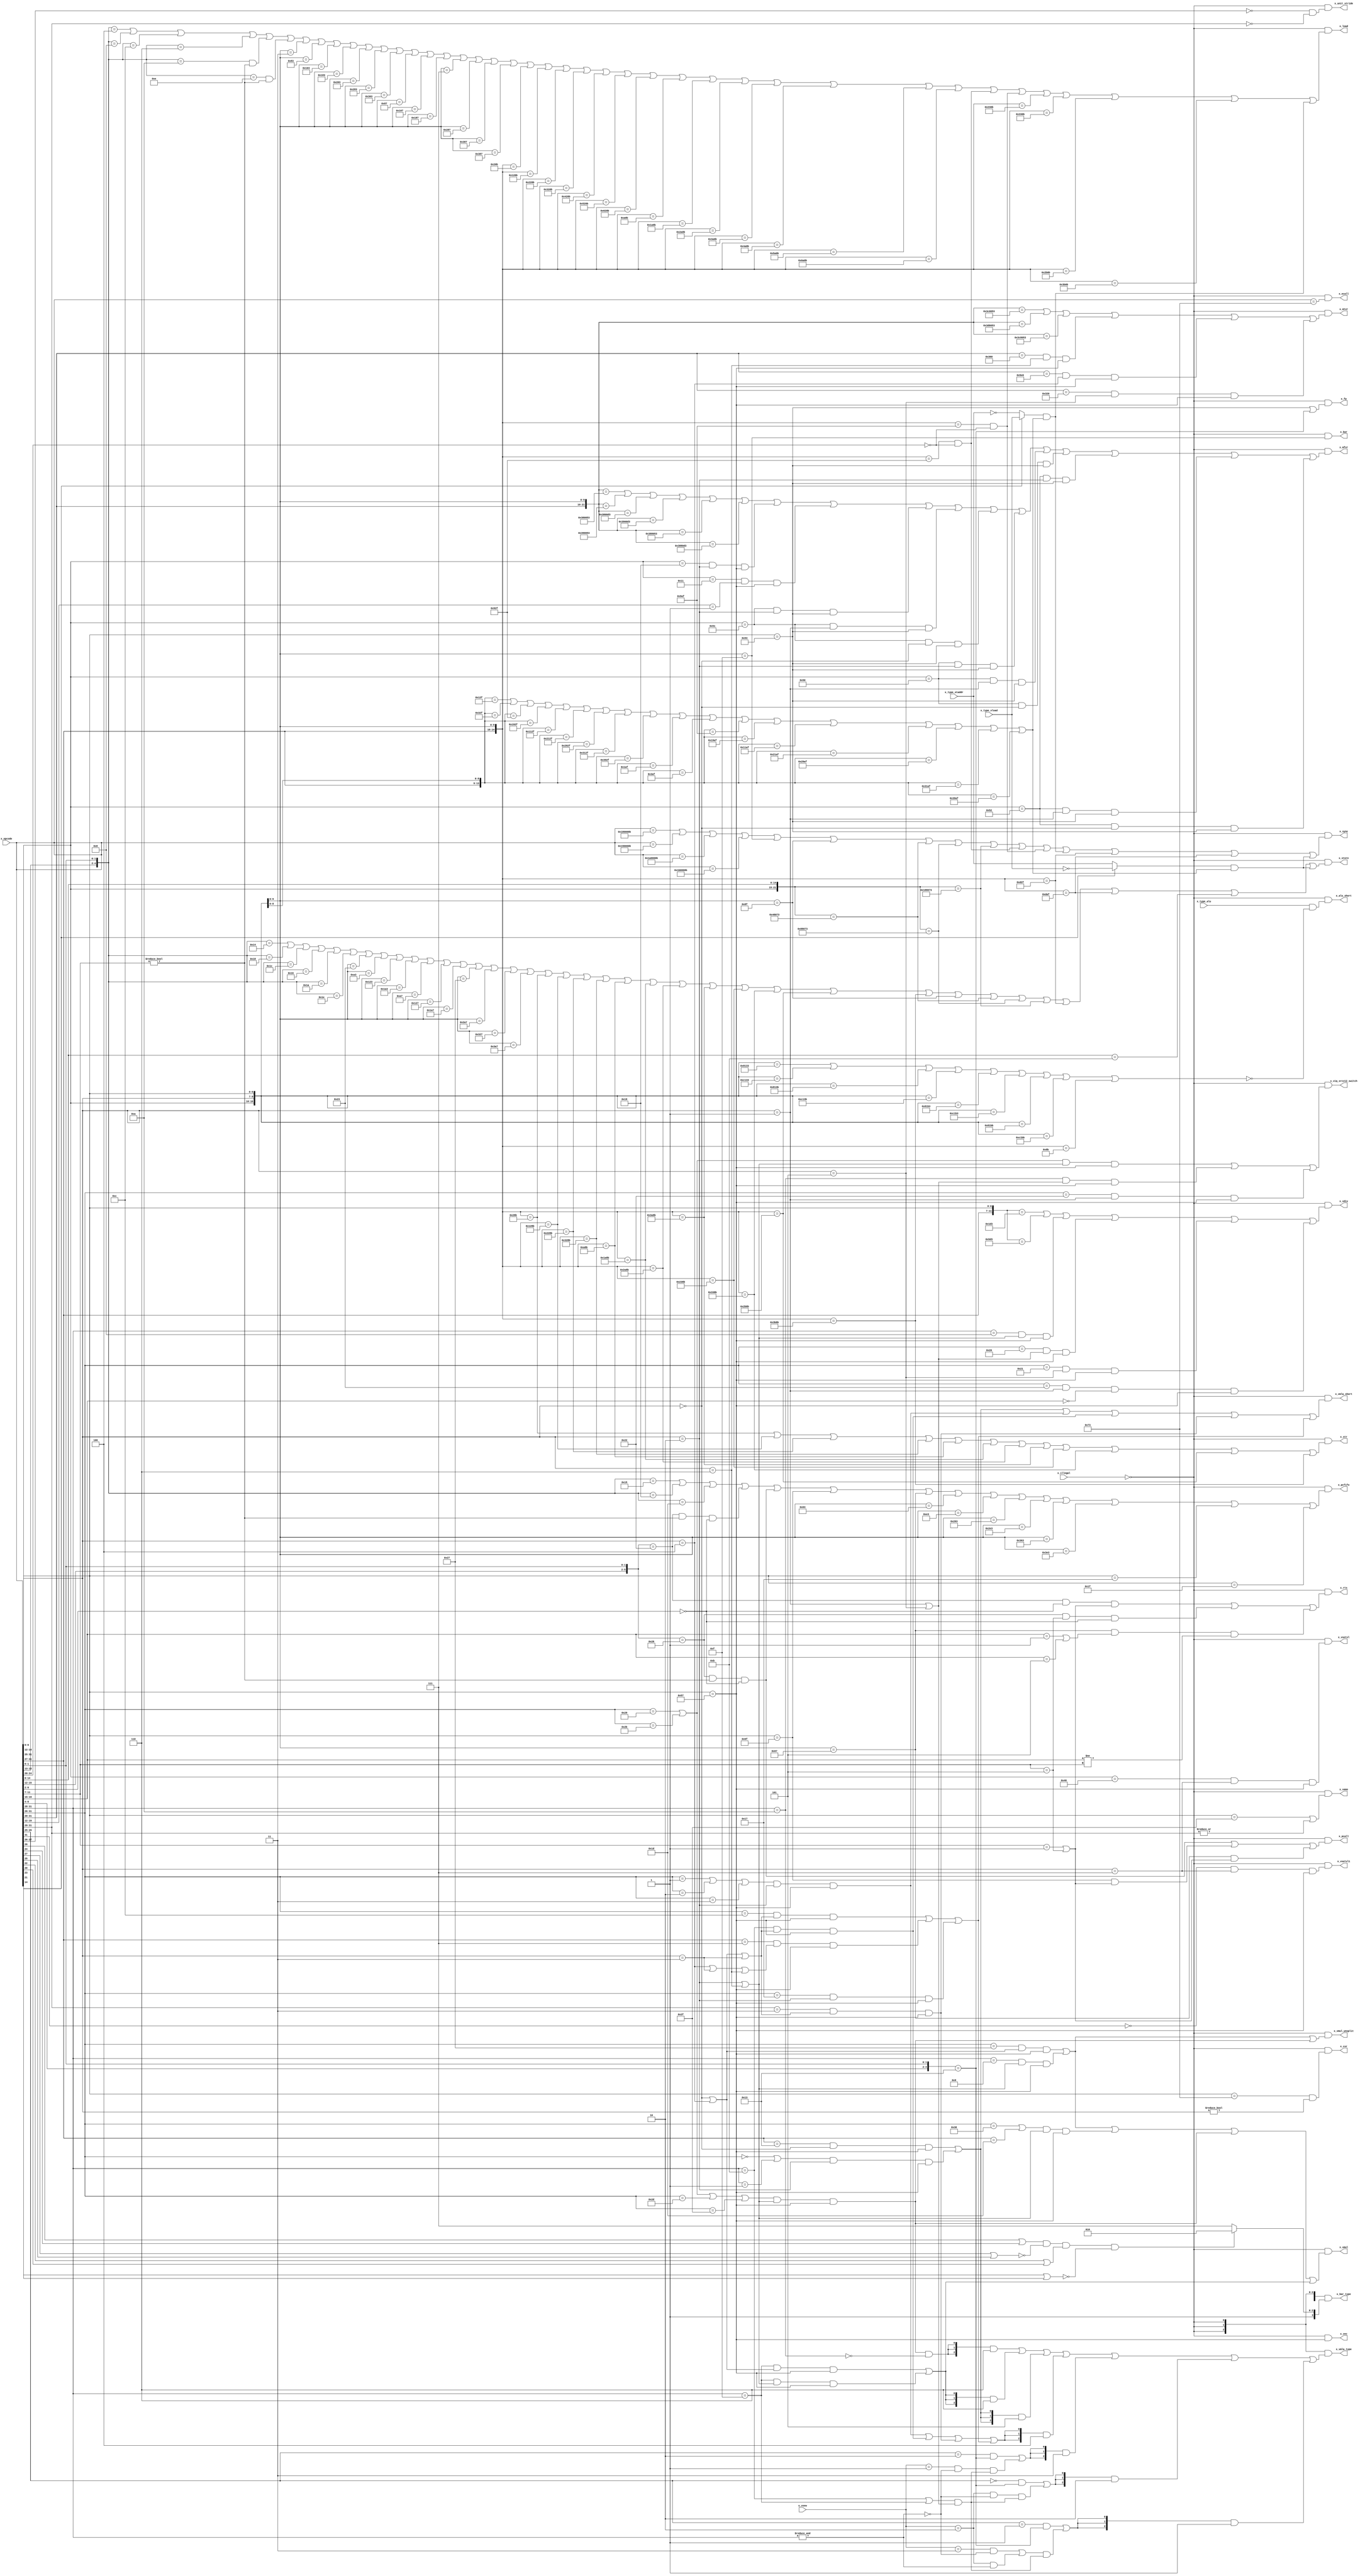
/*Copyright 2019-2021 T-Head Semiconductor Co., Ltd.

Licensed under the Apache License, Version 2.0 (the "License");
you may not use this file except in compliance with the License.
You may obtain a copy of the License at

    http://www.apache.org/licenses/LICENSE-2.0

Unless required by applicable law or agreed to in writing, software
distributed under the License is distributed on an "AS IS" BASIS,
WITHOUT WARRANTIES OR CONDITIONS OF ANY KIND, either express or implied.
See the License for the specific language governing permissions and
limitations under the License.
*/

// &ModuleBeg; @26
module ct_idu_ir_decd(
  x_alu_short,
  x_bar,
  x_bar_type,
  x_csr,
  x_ecall,
  x_fp,
  x_illegal,
  x_load,
  x_mfvr,
  x_mtvr,
  x_opcode,
  x_pcall,
  x_pcfifo,
  x_rts,
  x_store,
  x_str,
  x_sync,
  x_type_alu,
  x_type_staddr,
  x_type_vload,
  x_unit_stride,
  x_vamo,
  x_vdiv,
  x_vec,
  x_viq_srcv12_switch,
  x_vmla_short,
  x_vmla_type,
  x_vmul,
  x_vmul_unsplit,
  x_vsetvl,
  x_vsetvli,
  x_vsew
);

// &Ports; @27
input           x_illegal;             
input   [31:0]  x_opcode;              
input           x_type_alu;            
input           x_type_staddr;         
input           x_type_vload;          
input   [2 :0]  x_vsew;                
output          x_alu_short;           
output          x_bar;                 
output  [3 :0]  x_bar_type;            
output          x_csr;                 
output          x_ecall;               
output          x_fp;                  
output          x_load;                
output          x_mfvr;                
output          x_mtvr;                
output          x_pcall;               
output          x_pcfifo;              
output          x_rts;                 
output          x_store;               
output          x_str;                 
output          x_sync;                
output          x_unit_stride;         
output          x_vamo;                
output          x_vdiv;                
output          x_vec;                 
output          x_viq_srcv12_switch;   
output          x_vmla_short;          
output  [2 :0]  x_vmla_type;           
output          x_vmul;                
output          x_vmul_unsplit;        
output          x_vsetvl;              
output          x_vsetvli;             

// &Regs; @28

// &Wires; @29
wire            decd_alu_short;        
wire            decd_bar;              
wire    [3 :0]  decd_bar_type;         
wire            decd_bar_type_sel;     
wire            decd_cmp_inst;         
wire            decd_csr;              
wire            decd_ecall;            
wire            decd_fmac_doub;        
wire            decd_fmac_half;        
wire            decd_fmac_sing;        
wire            decd_fp_inst;          
wire            decd_load;             
wire            decd_mfvr;             
wire            decd_mtvr;             
wire            decd_narr_vsft;        
wire            decd_opfvf;            
wire            decd_opfvv;            
wire            decd_opivi;            
wire            decd_opivv;            
wire            decd_opivx;            
wire            decd_opmvv;            
wire            decd_opmvx;            
wire            decd_pcall;            
wire            decd_pcfifo;           
wire            decd_permu;            
wire            decd_redu_vlgc;        
wire            decd_redu_vsum;        
wire            decd_return;           
wire            decd_rts;              
wire            decd_sca_fmac;         
wire            decd_sca_fmac_doub;    
wire            decd_sca_fmac_half;    
wire            decd_sca_fmac_sing;    
wire            decd_store;            
wire            decd_str;              
wire            decd_sub_call;         
wire            decd_sync;             
wire            decd_unit_stride;      
wire            decd_vamo;             
wire            decd_vdiv;             
wire            decd_vec_fmac;         
wire            decd_vec_fmac_doub;    
wire            decd_vec_fmac_half;    
wire            decd_vec_fmac_sing;    
wire            decd_vec_inst;         
wire            decd_vec_other;        
wire            decd_viq_srcv12_switch; 
wire            decd_vmac_norm;        
wire            decd_vmac_wide;        
wire            decd_vmla_short;       
wire    [2 :0]  decd_vmla_type;        
wire            decd_vmul;             
wire            decd_vmul_norm;        
wire            decd_vmul_unsplit;     
wire            decd_vmul_wide;        
wire            decd_vsetvl;           
wire            decd_vsetvli;          
wire            x_alu_short;           
wire            x_bar;                 
wire    [3 :0]  x_bar_type;            
wire            x_csr;                 
wire            x_ecall;               
wire            x_fp;                  
wire            x_illegal;             
wire            x_load;                
wire            x_mfvr;                
wire            x_mtvr;                
wire    [31:0]  x_opcode;              
wire            x_pcall;               
wire            x_pcfifo;              
wire            x_rts;                 
wire            x_store;               
wire            x_str;                 
wire            x_sync;                
wire            x_type_alu;            
wire            x_type_staddr;         
wire            x_type_vload;          
wire            x_unit_stride;         
wire            x_vamo;                
wire            x_vdiv;                
wire            x_vec;                 
wire            x_viq_srcv12_switch;   
wire            x_vmla_short;          
wire    [2 :0]  x_vmla_type;           
wire            x_vmul;                
wire            x_vmul_unsplit;        
wire            x_vsetvl;              
wire            x_vsetvli;             
wire    [2 :0]  x_vsew;                



//==========================================================
//                     Output Decode
//==========================================================
//CAUTION!!!
//illegal instruction keeps its opcode when pipedown from id stage
//ir decode should consider id stage illegal instruction
assign x_load              = !x_illegal && decd_load;
assign x_store             = !x_illegal && decd_store;
assign x_rts               = !x_illegal && decd_rts;
assign x_pcall             = !x_illegal && decd_pcall;
assign x_pcfifo            = !x_illegal && decd_pcfifo;
assign x_bar               = !x_illegal && decd_bar;
assign x_bar_type[3:0]     = {4{!x_illegal}} & decd_bar_type[3:0];
assign x_vdiv              = !x_illegal && decd_vdiv;
assign x_mfvr              = !x_illegal && decd_mfvr;
assign x_mtvr              = !x_illegal && decd_mtvr;
assign x_vmla_type[2:0]    = {3{!x_illegal}} & decd_vmla_type[2:0];
assign x_str               = !x_illegal && decd_str;
assign x_alu_short         = !x_illegal && decd_alu_short;
assign x_vmla_short        = !x_illegal && decd_vmla_short;
assign x_vmul_unsplit      = !x_illegal && decd_vmul_unsplit;
assign x_vmul              = !x_illegal && decd_vmul;
assign x_vsetvli           = !x_illegal && decd_vsetvli;
assign x_vsetvl            = !x_illegal && decd_vsetvl;
assign x_viq_srcv12_switch = !x_illegal && decd_viq_srcv12_switch;
assign x_unit_stride       = !x_illegal && decd_unit_stride;
assign x_vamo              = !x_illegal && decd_vamo;
assign x_vec               = !x_illegal && decd_vec_inst;
assign x_fp                = !x_illegal && decd_fp_inst;
assign x_csr               = !x_illegal && decd_csr;
assign x_sync              = !x_illegal && decd_sync;
assign x_ecall             = !x_illegal && decd_ecall;

//==========================================================
//                      Short ALU
//==========================================================
//Long ALU do not forward data in EX1
assign decd_alu_short =
  x_type_alu
  && !(({x_opcode[31:25],x_opcode[14:12],x_opcode[6:0]} == 17'b0100000_010_0110011) //pseudo_min
    || ({x_opcode[31:25],x_opcode[14:12],x_opcode[6:0]} == 17'b0110000_010_0110011) //pseudo_max
    || ({x_opcode[31:25],x_opcode[14:12],x_opcode[6:0]} == 17'b0100000_010_0111011) //pseudo_minw
    || ({x_opcode[31:25],x_opcode[14:12],x_opcode[6:0]} == 17'b0110000_010_0111011) //pseudo_maxw
    || ({x_opcode[31:25],x_opcode[14:12],x_opcode[6:0]} == 17'b0100000_011_0110011) //pseudo_minu
    || ({x_opcode[31:25],x_opcode[14:12],x_opcode[6:0]} == 17'b0110000_011_0110011) //pseudo_maxu
    || ({x_opcode[31:25],x_opcode[14:12],x_opcode[6:0]} == 17'b0100000_011_0111011) //pseudo_minuw
    || ({x_opcode[31:25],x_opcode[14:12],x_opcode[6:0]} == 17'b0110000_011_0111011) //pseudo_maxuw
    || ({x_opcode[31:27],x_opcode[14:12],x_opcode[6:0]} == 15'b00000_001_0001011)); //addsl

//==========================================================
//                   Load and Store
//==========================================================
//----------------------------------------------------------
//                   Load Instruction
//----------------------------------------------------------
//control whether inst issue to pipe3 or pipe4
assign decd_load  =
     ({x_opcode[15:13],x_opcode[1:0]} == 5'b001_00) //c.fld
  || ({x_opcode[15:13],x_opcode[1:0]} == 5'b010_00) //c.lw
  || ({x_opcode[15:13],x_opcode[1:0]} == 5'b011_00) //c.ld
  || ({x_opcode[15:13],x_opcode[1:0]} == 5'b001_10) //c.fldsp
  || ({x_opcode[15:13],x_opcode[1:0]} == 5'b010_10) //c.lwsp
     && (x_opcode[11:7] != 5'b0)
  || ({x_opcode[15:13],x_opcode[1:0]} == 5'b011_10) //c.ldsp
     && (x_opcode[11:7] != 5'b0)
  || ({x_opcode[14:12],x_opcode[6:0]} == 10'b000_0000011) //lb
  || ({x_opcode[14:12],x_opcode[6:0]} == 10'b001_0000011) //lh
  || ({x_opcode[14:12],x_opcode[6:0]} == 10'b010_0000011) //lw
  || ({x_opcode[14:12],x_opcode[6:0]} == 10'b011_0000011) //ld
  || ({x_opcode[14:12],x_opcode[6:0]} == 10'b100_0000011) //lbu
  || ({x_opcode[14:12],x_opcode[6:0]} == 10'b101_0000011) //lhu
  || ({x_opcode[14:12],x_opcode[6:0]} == 10'b110_0000011) //lwu
  || ({x_opcode[14:12],x_opcode[6:0]} == 10'b001_0000111) //flh
  || ({x_opcode[14:12],x_opcode[6:0]} == 10'b010_0000111) //flw
  || ({x_opcode[14:12],x_opcode[6:0]} == 10'b011_0000111) //fld
  || ({x_opcode[14:12],x_opcode[6:0]} == 10'b000_0000111) //vld.b
  || ({x_opcode[14:12],x_opcode[6:0]} == 10'b101_0000111) //vld.h
  || ({x_opcode[14:12],x_opcode[6:0]} == 10'b110_0000111) //vld.w
  || ({x_opcode[14:12],x_opcode[6:0]} == 10'b111_0000111) //vld.sew
  || ({x_opcode[31:27],x_opcode[14:12],x_opcode[6:0]} == 15'b00000_100_0001011) //lrb
  || ({x_opcode[31:27],x_opcode[14:12],x_opcode[6:0]} == 15'b00100_100_0001011) //lrh
  || ({x_opcode[31:27],x_opcode[14:12],x_opcode[6:0]} == 15'b01000_100_0001011) //lrw
  || ({x_opcode[31:27],x_opcode[14:12],x_opcode[6:0]} == 15'b01100_100_0001011) //lrd
  || ({x_opcode[31:27],x_opcode[14:12],x_opcode[6:0]} == 15'b10000_100_0001011) //lrbu
  || ({x_opcode[31:27],x_opcode[14:12],x_opcode[6:0]} == 15'b10100_100_0001011) //lrhu
  || ({x_opcode[31:27],x_opcode[14:12],x_opcode[6:0]} == 15'b11000_100_0001011) //lrwu
  || ({x_opcode[31:27],x_opcode[14:12],x_opcode[6:0]} == 15'b00010_100_0001011) //lurb
  || ({x_opcode[31:27],x_opcode[14:12],x_opcode[6:0]} == 15'b00110_100_0001011) //lurh
  || ({x_opcode[31:27],x_opcode[14:12],x_opcode[6:0]} == 15'b01010_100_0001011) //lurw
  || ({x_opcode[31:27],x_opcode[14:12],x_opcode[6:0]} == 15'b01110_100_0001011) //lurd
  || ({x_opcode[31:27],x_opcode[14:12],x_opcode[6:0]} == 15'b10010_100_0001011) //lurbu
  || ({x_opcode[31:27],x_opcode[14:12],x_opcode[6:0]} == 15'b10110_100_0001011) //lurhu
  || ({x_opcode[31:27],x_opcode[14:12],x_opcode[6:0]} == 15'b11010_100_0001011) //lurwu
  || ({x_opcode[31:27],x_opcode[14:12],x_opcode[6:0]} == 15'b00010_010_0101111) //lr.w
     && (x_opcode[24:20] == 5'b0)
  || ({x_opcode[31:27],x_opcode[14:12],x_opcode[6:0]} == 15'b00010_011_0101111) //lr.d
     && (x_opcode[24:20] == 5'b0)
  || ({x_opcode[31:27],x_opcode[14:12],x_opcode[6:0]} == 15'b01000_110_0001011) //flrw
  || ({x_opcode[31:27],x_opcode[14:12],x_opcode[6:0]} == 15'b01100_110_0001011) //flrd
  || ({x_opcode[31:27],x_opcode[14:12],x_opcode[6:0]} == 15'b01010_110_0001011) //flurw
  || ({x_opcode[31:27],x_opcode[14:12],x_opcode[6:0]} == 15'b01110_110_0001011) //flurd
  || (x_opcode[14] ? x_type_vload : !x_type_staddr)
     && (({x_opcode[31:27],x_opcode[13:12],x_opcode[6:0]} == 14'b00000_10_0101111) //(v)amoadd.w
      || ({x_opcode[31:27],x_opcode[13:12],x_opcode[6:0]} == 14'b00001_10_0101111) //(v)amoswap.w
      || ({x_opcode[31:27],x_opcode[13:12],x_opcode[6:0]} == 14'b00100_10_0101111) //(v)amoxor.w
      || ({x_opcode[31:27],x_opcode[13:12],x_opcode[6:0]} == 14'b01100_10_0101111) //(v)amoand.w
      || ({x_opcode[31:27],x_opcode[13:12],x_opcode[6:0]} == 14'b01000_10_0101111) //(v)amoor.w
      || ({x_opcode[31:27],x_opcode[13:12],x_opcode[6:0]} == 14'b10000_10_0101111) //(v)amomin.w
      || ({x_opcode[31:27],x_opcode[13:12],x_opcode[6:0]} == 14'b10100_10_0101111) //(v)amomax.w
      || ({x_opcode[31:27],x_opcode[13:12],x_opcode[6:0]} == 14'b11000_10_0101111) //(v)amominu.w
      || ({x_opcode[31:27],x_opcode[13:12],x_opcode[6:0]} == 14'b11100_10_0101111) //(v)amomaxu.w
      || ({x_opcode[31:27],x_opcode[13:12],x_opcode[6:0]} == 14'b00000_11_0101111) //(v)amoadd.d
      || ({x_opcode[31:27],x_opcode[13:12],x_opcode[6:0]} == 14'b00001_11_0101111) //(v)amoswap.d
      || ({x_opcode[31:27],x_opcode[13:12],x_opcode[6:0]} == 14'b00100_11_0101111) //(v)amoxor.d
      || ({x_opcode[31:27],x_opcode[13:12],x_opcode[6:0]} == 14'b01100_11_0101111) //(v)amoand.d
      || ({x_opcode[31:27],x_opcode[13:12],x_opcode[6:0]} == 14'b01000_11_0101111) //(v)amoor.d
      || ({x_opcode[31:27],x_opcode[13:12],x_opcode[6:0]} == 14'b10000_11_0101111) //(v)amomin.d
      || ({x_opcode[31:27],x_opcode[13:12],x_opcode[6:0]} == 14'b10100_11_0101111) //(v)amomax.d
      || ({x_opcode[31:27],x_opcode[13:12],x_opcode[6:0]} == 14'b11000_11_0101111) //(v)amominu.d
      || ({x_opcode[31:27],x_opcode[13:12],x_opcode[6:0]} == 14'b11100_11_0101111)); //(v)amomaxu.d

//----------------------------------------------------------
//                   Store Instruction
//----------------------------------------------------------
//control whether inst issue to pipe3 or pipe4
assign decd_store =
     ({x_opcode[15:13],x_opcode[1:0]} == 5'b101_00) //c.fsd
  || ({x_opcode[15:13],x_opcode[1:0]} == 5'b110_00) //c.sw
  || ({x_opcode[15:13],x_opcode[1:0]} == 5'b111_00) //c.sd
  || ({x_opcode[15:13],x_opcode[1:0]} == 5'b101_10) //c.fsdsp
  || ({x_opcode[15:13],x_opcode[1:0]} == 5'b110_10) //c.swsp
  || ({x_opcode[15:13],x_opcode[1:0]} == 5'b111_10) //c.sdsp
  || ({x_opcode[14:12],x_opcode[6:0]} == 10'b000_0100011) //sb
  || ({x_opcode[14:12],x_opcode[6:0]} == 10'b001_0100011) //sh
  || ({x_opcode[14:12],x_opcode[6:0]} == 10'b010_0100011) //sw
  || ({x_opcode[14:12],x_opcode[6:0]} == 10'b011_0100011) //sd
  || ({x_opcode[14:12],x_opcode[6:0]} == 10'b001_0100111) //fsh
  || ({x_opcode[14:12],x_opcode[6:0]} == 10'b010_0100111) //fsw
  || ({x_opcode[14:12],x_opcode[6:0]} == 10'b011_0100111) //fsd
  || ({x_opcode[14:12],x_opcode[6:0]} == 10'b000_0100111) //vst.b
  || ({x_opcode[14:12],x_opcode[6:0]} == 10'b101_0100111) //vst.h
  || ({x_opcode[14:12],x_opcode[6:0]} == 10'b110_0100111) //vst.w
  || ({x_opcode[14:12],x_opcode[6:0]} == 10'b111_0100111) //vst.sew
  || ({x_opcode[31:27],x_opcode[14:12],x_opcode[6:0]} == 15'b00000_101_0001011) //srb
  || ({x_opcode[31:27],x_opcode[14:12],x_opcode[6:0]} == 15'b00100_101_0001011) //srh
  || ({x_opcode[31:27],x_opcode[14:12],x_opcode[6:0]} == 15'b01000_101_0001011) //srw
  || ({x_opcode[31:27],x_opcode[14:12],x_opcode[6:0]} == 15'b01100_101_0001011) //srd
  || ({x_opcode[31:27],x_opcode[14:12],x_opcode[6:0]} == 15'b00010_101_0001011) //surb
  || ({x_opcode[31:27],x_opcode[14:12],x_opcode[6:0]} == 15'b00110_101_0001011) //surh
  || ({x_opcode[31:27],x_opcode[14:12],x_opcode[6:0]} == 15'b01010_101_0001011) //surw
  || ({x_opcode[31:27],x_opcode[14:12],x_opcode[6:0]} == 15'b01110_101_0001011) //surd
  || ({x_opcode[31:27],x_opcode[14:12],x_opcode[6:0]} == 15'b01000_111_0001011) //fsrw
  || ({x_opcode[31:27],x_opcode[14:12],x_opcode[6:0]} == 15'b01100_111_0001011) //fsrd
  || ({x_opcode[31:27],x_opcode[14:12],x_opcode[6:0]} == 15'b01010_111_0001011) //fsurw
  || ({x_opcode[31:27],x_opcode[14:12],x_opcode[6:0]} == 15'b01110_111_0001011) //fsurd
//  || ({x_opcode[14:12],x_opcode[6:0]} == 10'b000_0001111) //fence
  || ({x_opcode[14:12],x_opcode[6:0]} == 10'b001_0001111) //fence.i
  || ({x_opcode[31:25],x_opcode[14:0]} == 22'b0001001_000000001110011)  //sfence.vma
  || ({x_opcode[31:25],x_opcode[14:0]} == 22'b0010001_000000001110011)  //hfence.vvma
  || ({x_opcode[31:25],x_opcode[14:0]} == 22'b0110001_000000001110011)  //hfence.gvma
  || ({x_opcode[31:27],x_opcode[14:12],x_opcode[6:0]} == 15'b00011_010_0101111) //sc.w
  || ({x_opcode[31:27],x_opcode[14:12],x_opcode[6:0]} == 15'b00011_011_0101111) //sc.d
  || (x_opcode[14:0] == 15'b000_00000_0001011) //cache extension instruction
  || (x_opcode[14] ?  !x_type_vload : x_type_staddr)
     && (({x_opcode[31:27],x_opcode[13:12],x_opcode[6:0]} == 14'b00000_10_0101111) //(v)amoadd.w
      || ({x_opcode[31:27],x_opcode[13:12],x_opcode[6:0]} == 14'b00001_10_0101111) //(v)amoswap.w
      || ({x_opcode[31:27],x_opcode[13:12],x_opcode[6:0]} == 14'b00100_10_0101111) //(v)amoxor.w
      || ({x_opcode[31:27],x_opcode[13:12],x_opcode[6:0]} == 14'b01100_10_0101111) //(v)amoand.w
      || ({x_opcode[31:27],x_opcode[13:12],x_opcode[6:0]} == 14'b01000_10_0101111) //(v)amoor.w
      || ({x_opcode[31:27],x_opcode[13:12],x_opcode[6:0]} == 14'b10000_10_0101111) //(v)amomin.w
      || ({x_opcode[31:27],x_opcode[13:12],x_opcode[6:0]} == 14'b10100_10_0101111) //(v)amomax.w
      || ({x_opcode[31:27],x_opcode[13:12],x_opcode[6:0]} == 14'b11000_10_0101111) //(v)amominu.w
      || ({x_opcode[31:27],x_opcode[13:12],x_opcode[6:0]} == 14'b11100_10_0101111) //(v)amomaxu.w
      || ({x_opcode[31:27],x_opcode[13:12],x_opcode[6:0]} == 14'b00000_11_0101111) //(v)amoadd.d
      || ({x_opcode[31:27],x_opcode[13:12],x_opcode[6:0]} == 14'b00001_11_0101111) //(v)amoswap.d
      || ({x_opcode[31:27],x_opcode[13:12],x_opcode[6:0]} == 14'b00100_11_0101111) //(v)amoxor.d
      || ({x_opcode[31:27],x_opcode[13:12],x_opcode[6:0]} == 14'b01100_11_0101111) //(v)amoand.d
      || ({x_opcode[31:27],x_opcode[13:12],x_opcode[6:0]} == 14'b01000_11_0101111) //(v)amoor.d
      || ({x_opcode[31:27],x_opcode[13:12],x_opcode[6:0]} == 14'b10000_11_0101111) //(v)amomin.d
      || ({x_opcode[31:27],x_opcode[13:12],x_opcode[6:0]} == 14'b10100_11_0101111) //(v)amomax.d
      || ({x_opcode[31:27],x_opcode[13:12],x_opcode[6:0]} == 14'b11000_11_0101111) //(v)amominu.d
      || ({x_opcode[31:27],x_opcode[13:12],x_opcode[6:0]} == 14'b11100_11_0101111)); //(v)amomaxu.d

//----------------------------------------------------------
//               Reg Offset Store Instruction
//----------------------------------------------------------
assign decd_str =
     ({x_opcode[31:27],x_opcode[14:12],x_opcode[6:0]} == 15'b00000_101_0001011) //srb
  || ({x_opcode[31:27],x_opcode[14:12],x_opcode[6:0]} == 15'b00100_101_0001011) //srh
  || ({x_opcode[31:27],x_opcode[14:12],x_opcode[6:0]} == 15'b01000_101_0001011) //srw
  || ({x_opcode[31:27],x_opcode[14:12],x_opcode[6:0]} == 15'b01100_101_0001011) //srd
  || ({x_opcode[31:27],x_opcode[14:12],x_opcode[6:0]} == 15'b00010_101_0001011) //surb
  || ({x_opcode[31:27],x_opcode[14:12],x_opcode[6:0]} == 15'b00110_101_0001011) //surh
  || ({x_opcode[31:27],x_opcode[14:12],x_opcode[6:0]} == 15'b01010_101_0001011) //surw
  || ({x_opcode[31:27],x_opcode[14:12],x_opcode[6:0]} == 15'b01110_101_0001011) //surd
  || ({x_opcode[31:27],x_opcode[14:12],x_opcode[6:0]} == 15'b01000_111_0001011) //fsrw
  || ({x_opcode[31:27],x_opcode[14:12],x_opcode[6:0]} == 15'b01100_111_0001011) //fsrd
  || ({x_opcode[31:27],x_opcode[14:12],x_opcode[6:0]} == 15'b01010_111_0001011) //fsurw
  || ({x_opcode[31:27],x_opcode[14:12],x_opcode[6:0]} == 15'b01110_111_0001011);//fsurd

//----------------------------------------------------------
//               Fence lr/sc amo Instruction
//----------------------------------------------------------
assign decd_sync =
     (x_opcode[31:0] == 32'h0180000b)  //sync
  || (x_opcode[31:0] == 32'h0190000b)  //sync.s
  || (x_opcode[31:0] == 32'h01a0000b)  //sync.i
  || (x_opcode[31:0] == 32'h01b0000b)  //sync.is
  || ({x_opcode[14:12],x_opcode[6:0]} == 10'b000_0001111) //fence
  || ({x_opcode[14:12],x_opcode[6:0]} == 10'b001_0001111) //fence.i
  || ({x_opcode[31:25],x_opcode[14:0]} == 22'b0001001_000000001110011)  //sfence.vma
  || ({x_opcode[31:25],x_opcode[14:0]} == 22'b0010001_000000001110011)  //hfence.vvma
  || ({x_opcode[31:25],x_opcode[14:0]} == 22'b0110001_000000001110011)  //hfence.gvma
  || ({x_opcode[31:27],x_opcode[14:12],x_opcode[6:0]} == 15'b00010_010_0101111) //lr.w
     && (x_opcode[24:20] == 5'b0)
  || ({x_opcode[31:27],x_opcode[14:12],x_opcode[6:0]} == 15'b00010_011_0101111) //lr.d
     && (x_opcode[24:20] == 5'b0)
  || (x_opcode[14] ? x_type_vload : !x_type_staddr)
     && (({x_opcode[31:27],x_opcode[13:12],x_opcode[6:0]} == 14'b00000_10_0101111) //(v)amoadd.w
      || ({x_opcode[31:27],x_opcode[13:12],x_opcode[6:0]} == 14'b00001_10_0101111) //(v)amoswap.w
      || ({x_opcode[31:27],x_opcode[13:12],x_opcode[6:0]} == 14'b00100_10_0101111) //(v)amoxor.w
      || ({x_opcode[31:27],x_opcode[13:12],x_opcode[6:0]} == 14'b01100_10_0101111) //(v)amoand.w
      || ({x_opcode[31:27],x_opcode[13:12],x_opcode[6:0]} == 14'b01000_10_0101111) //(v)amoor.w
      || ({x_opcode[31:27],x_opcode[13:12],x_opcode[6:0]} == 14'b10000_10_0101111) //(v)amomin.w
      || ({x_opcode[31:27],x_opcode[13:12],x_opcode[6:0]} == 14'b10100_10_0101111) //(v)amomax.w
      || ({x_opcode[31:27],x_opcode[13:12],x_opcode[6:0]} == 14'b11000_10_0101111) //(v)amominu.w
      || ({x_opcode[31:27],x_opcode[13:12],x_opcode[6:0]} == 14'b11100_10_0101111) //(v)amomaxu.w
      || ({x_opcode[31:27],x_opcode[13:12],x_opcode[6:0]} == 14'b00000_11_0101111) //(v)amoadd.d
      || ({x_opcode[31:27],x_opcode[13:12],x_opcode[6:0]} == 14'b00001_11_0101111) //(v)amoswap.d
      || ({x_opcode[31:27],x_opcode[13:12],x_opcode[6:0]} == 14'b00100_11_0101111) //(v)amoxor.d
      || ({x_opcode[31:27],x_opcode[13:12],x_opcode[6:0]} == 14'b01100_11_0101111) //(v)amoand.d
      || ({x_opcode[31:27],x_opcode[13:12],x_opcode[6:0]} == 14'b01000_11_0101111) //(v)amoor.d
      || ({x_opcode[31:27],x_opcode[13:12],x_opcode[6:0]} == 14'b10000_11_0101111) //(v)amomin.d
      || ({x_opcode[31:27],x_opcode[13:12],x_opcode[6:0]} == 14'b10100_11_0101111) //(v)amomax.d
      || ({x_opcode[31:27],x_opcode[13:12],x_opcode[6:0]} == 14'b11000_11_0101111) //(v)amominu.d
      || ({x_opcode[31:27],x_opcode[13:12],x_opcode[6:0]} == 14'b11100_11_0101111)) //(v)amomaxu.d
  || ({x_opcode[31:27],x_opcode[14:12],x_opcode[6:0]} == 15'b00011_010_0101111) //sc.w
  || ({x_opcode[31:27],x_opcode[14:12],x_opcode[6:0]} == 15'b00011_011_0101111) //sc.d
  || (x_opcode[14] ?  !x_type_vload : x_type_staddr)
     && (({x_opcode[31:27],x_opcode[13:12],x_opcode[6:0]} == 14'b00000_10_0101111) //(v)amoadd.w
      || ({x_opcode[31:27],x_opcode[13:12],x_opcode[6:0]} == 14'b00001_10_0101111) //(v)amoswap.w
      || ({x_opcode[31:27],x_opcode[13:12],x_opcode[6:0]} == 14'b00100_10_0101111) //(v)amoxor.w
      || ({x_opcode[31:27],x_opcode[13:12],x_opcode[6:0]} == 14'b01100_10_0101111) //(v)amoand.w
      || ({x_opcode[31:27],x_opcode[13:12],x_opcode[6:0]} == 14'b01000_10_0101111) //(v)amoor.w
      || ({x_opcode[31:27],x_opcode[13:12],x_opcode[6:0]} == 14'b10000_10_0101111) //(v)amomin.w
      || ({x_opcode[31:27],x_opcode[13:12],x_opcode[6:0]} == 14'b10100_10_0101111) //(v)amomax.w
      || ({x_opcode[31:27],x_opcode[13:12],x_opcode[6:0]} == 14'b11000_10_0101111) //(v)amominu.w
      || ({x_opcode[31:27],x_opcode[13:12],x_opcode[6:0]} == 14'b11100_10_0101111) //(v)amomaxu.w
      || ({x_opcode[31:27],x_opcode[13:12],x_opcode[6:0]} == 14'b00000_11_0101111) //(v)amoadd.d
      || ({x_opcode[31:27],x_opcode[13:12],x_opcode[6:0]} == 14'b00001_11_0101111) //(v)amoswap.d
      || ({x_opcode[31:27],x_opcode[13:12],x_opcode[6:0]} == 14'b00100_11_0101111) //(v)amoxor.d
      || ({x_opcode[31:27],x_opcode[13:12],x_opcode[6:0]} == 14'b01100_11_0101111) //(v)amoand.d
      || ({x_opcode[31:27],x_opcode[13:12],x_opcode[6:0]} == 14'b01000_11_0101111) //(v)amoor.d
      || ({x_opcode[31:27],x_opcode[13:12],x_opcode[6:0]} == 14'b10000_11_0101111) //(v)amomin.d
      || ({x_opcode[31:27],x_opcode[13:12],x_opcode[6:0]} == 14'b10100_11_0101111) //(v)amomax.d
      || ({x_opcode[31:27],x_opcode[13:12],x_opcode[6:0]} == 14'b11000_11_0101111) //(v)amominu.d
      || ({x_opcode[31:27],x_opcode[13:12],x_opcode[6:0]} == 14'b11100_11_0101111)); //(v)amomaxu.d

//==========================================================
//                   BJU Information
//==========================================================
//----------------------------------------------------------
//            Return Stack Related Instruction
//----------------------------------------------------------
assign decd_return = 
     ({x_opcode[15:12], x_opcode[1:0]} == 6'b1000_10) //c.jr x1/x5
     && (x_opcode[6:2] == 5'b0)
     && ((x_opcode[11:7] == 5'd1) || (x_opcode[11:7] == 5'd5))
  || ({x_opcode[15:12], x_opcode[1:0]} == 6'b1001_10) //c.jalr x5
     && (x_opcode[11:7] == 5'd5) && (x_opcode[6:2] == 5'b0)
  || ({x_opcode[14:12], x_opcode[6:0]} == 10'b000_1100111) //jalr x1/x5
     && ((x_opcode[19:15] == 5'd1) || (x_opcode[19:15] == 5'd5))
     && (x_opcode[19:15] != x_opcode[11:7]);

assign decd_sub_call =
     ({x_opcode[15:12], x_opcode[1:0]} == 6'b1001_10) //c.jalr
     && (x_opcode[11:7] != 5'b0) && (x_opcode[6:2] == 5'b0)
  || (x_opcode[6:0] == 7'b1101111) //jal x1/x5
     && ((x_opcode[11:7] == 5'd1) || (x_opcode[11:7] == 5'd5))
  || ({x_opcode[14:12], x_opcode[6:0]} == 10'b000_1100111) //jalr x1/x5
     && ((x_opcode[11:7] == 5'd1) || (x_opcode[11:7] == 5'd5));

assign decd_rts    = decd_return;

assign decd_pcall  = decd_sub_call;

//----------------------------------------------------------
//                    PCFIFO Instruction
//----------------------------------------------------------
assign decd_pcfifo = ({x_opcode[15:13],x_opcode[1:0]} == 5'b101_01) //c.j
               || ({x_opcode[15:13],x_opcode[1:0]} == 5'b110_01) //c.beqz
               || ({x_opcode[15:13],x_opcode[1:0]} == 5'b111_01) //c.bnez
               || ({x_opcode[15:12],x_opcode[1:0]} == 6'b1000_10) //c.jr
                  && (x_opcode[11:7] != 5'b0)
                  && (x_opcode[6:2] == 5'b0)
               || ({x_opcode[15:12],x_opcode[1:0]} == 6'b1001_10) //c.jalr
                  && (x_opcode[11:7] != 5'b0)
                  && (x_opcode[6:2] == 5'b0)
               || (x_opcode[6:0] == 7'b1101111) //jal
               || ({x_opcode[14:12],x_opcode[6:0]} == 10'b000_1100111) //jalr
               || ({x_opcode[14:12],x_opcode[6:0]} == 10'b000_1100011) //beq
               || ({x_opcode[14:12],x_opcode[6:0]} == 10'b001_1100011) //bne
               || ({x_opcode[14:12],x_opcode[6:0]} == 10'b100_1100011) //blt
               || ({x_opcode[14:12],x_opcode[6:0]} == 10'b101_1100011) //bge
               || ({x_opcode[14:12],x_opcode[6:0]} == 10'b110_1100011) //bltu
               || ({x_opcode[14:12],x_opcode[6:0]} == 10'b111_1100011) //bgeu
               || (x_opcode[6:0] == 7'b0010111)  //auipc
               || (x_opcode[6:0] == 7'b0011111); //pseudo auipc


//==========================================================
//                   Barrier Instruction
//==========================================================
assign decd_bar = ({x_opcode[14:12],x_opcode[6:0]} == 10'b000_0001111); //fence
//treat all bar_type as 1111 except 1010 to preven
//lsiq issue dead lock
assign decd_bar_type_sel  =  (x_opcode[26] || x_opcode[24])
                         && !(x_opcode[27] || x_opcode[25])
                         &&  (x_opcode[22] || x_opcode[20])
                         && !(x_opcode[23] || x_opcode[21]);
assign decd_bar_type[3:0] = (decd_bar_type_sel)
                            ? 4'b1010 : 4'b1111;

//==========================================================
//                  Special Instruction
//==========================================================
assign decd_csr = (x_opcode[6:0] == 7'b1110011)
                  && (x_opcode[14:12] != 3'b000);
assign decd_ecall = (x_opcode[31:0] == 32'h00000073);

//==========================================================
//                    Vector Instruction
//==========================================================
//CAUTION!!!
//illegal instruction keeps its opcode when pipedown from id stage
//ir decode should consider id stage illegal instruction
assign decd_vec_inst = (x_opcode[6:0]==7'b1010111);
assign decd_fp_inst  = (x_opcode[6:0] == 7'b1010011)
                   || ({x_opcode[6:4],x_opcode[1:0]} == 5'b10011);
assign decd_opivv    = (x_opcode[14:12] == 3'b000);
assign decd_opivx    = (x_opcode[14:12] == 3'b100);
assign decd_opivi    = (x_opcode[14:12] == 3'b011);
assign decd_opmvv    = (x_opcode[14:12] == 3'b010);
assign decd_opmvx    = (x_opcode[14:12] == 3'b110);
assign decd_opfvv    = (x_opcode[14:12] == 3'b001);
assign decd_opfvf    = (x_opcode[14:12] == 3'b101);

assign decd_vdiv = ({x_opcode[31:27],x_opcode[6:0]}  == 12'b00011_1010011)  //fdiv.t
                || ({x_opcode[31:27],x_opcode[6:0]}  == 12'b01011_1010011)  //fsqrt.t
                ||  (x_opcode[31:28]== 4'b1000) &&   //vdiv vdivu vrem vremu
                    (decd_opmvv || decd_opmvx) && decd_vec_inst 
                ||  (x_opcode[31:26]== 6'b100000) &&   //vfdiv 
                    (decd_opfvv || decd_opfvf) && decd_vec_inst
                ||  (x_opcode[31:26]== 6'b100001) &&   //vfrdiv 
                    (              decd_opfvf) && decd_vec_inst
                ||  (x_opcode[31:26]== 6'b100011) &&   //vfsqrt 
                    (decd_opfvv                 ) && (x_opcode[19:15]==5'b00000) && decd_vec_inst;

assign decd_mfvr = ({x_opcode[31:20],x_opcode[14:12],x_opcode[6:0]} == 22'b111000000000_000_1010011) //fmv.x.w
                || ({x_opcode[31:20],x_opcode[14:12],x_opcode[6:0]} == 22'b111001000000_000_1010011) //fmv.x.h
                || ({x_opcode[31:20],x_opcode[14:12],x_opcode[6:0]} == 22'b111000000000_001_1010011) //fclass.s
                || ({x_opcode[31:20],x_opcode[14:12],x_opcode[6:0]} == 22'b111001000000_001_1010011) //fclass.h
                || ({x_opcode[31:20],x_opcode[14:12],x_opcode[6:0]} == 22'b111000100000_000_1010011) //fmv.x.d
                || ({x_opcode[31:20],x_opcode[14:12],x_opcode[6:0]} == 22'b111000100000_001_1010011) //fclass.w
                ||  (x_opcode[31:25] == 7'b001100_1) && (x_opcode[14:12]== 3'b010) && decd_vec_inst //vext
                ||  (x_opcode[31:25] == 7'b0010001) && (x_opcode[19:12]== 8'b00000_001) && decd_vec_inst //vfmv.f.s
                ||  (x_opcode[31:25] == 7'b1010001) && (x_opcode[14:12]==3'b010) && (x_opcode[6:0]==7'b1010011) //feq.d
                ||  (x_opcode[31:25] == 7'b1010001) && (x_opcode[14:12]==3'b001) && (x_opcode[6:0]==7'b1010011) //flt.d
                ||  (x_opcode[31:25] == 7'b1010001) && (x_opcode[14:12]==3'b000) && (x_opcode[6:0]==7'b1010011) //fle.d
                ||  (x_opcode[31:25] == 7'b1010000) && (x_opcode[14:12]==3'b010) && (x_opcode[6:0]==7'b1010011) //feq.s
                ||  (x_opcode[31:25] == 7'b1010000) && (x_opcode[14:12]==3'b001) && (x_opcode[6:0]==7'b1010011) //flt.s
                ||  (x_opcode[31:25] == 7'b1010000) && (x_opcode[14:12]==3'b000) && (x_opcode[6:0]==7'b1010011) //fle.s
                ||  (x_opcode[31:25] == 7'b1010010) && (x_opcode[14:12]==3'b010) && (x_opcode[6:0]==7'b1010011) //feq.h
                ||  (x_opcode[31:25] == 7'b1010010) && (x_opcode[14:12]==3'b001) && (x_opcode[6:0]==7'b1010011) //flt.h
                ||  (x_opcode[31:25] == 7'b1010010) && (x_opcode[14:12]==3'b000) && (x_opcode[6:0]==7'b1010011); //fle.h

assign decd_mtvr = ({x_opcode[31:20],x_opcode[14:12],x_opcode[6:0]} == 22'b111100000000_000_1010011) //fmv.w.x
                || ({x_opcode[31:20],x_opcode[14:12],x_opcode[6:0]} == 22'b111101000000_000_1010011) //fmv.h.x
                || ({x_opcode[31:20],x_opcode[14:12],x_opcode[6:0]} == 22'b111100100000_000_1010011)  //fmv.d.x
                ||  (x_opcode[31:20]== 12'b001101_1_00000) && decd_opmvx && decd_vec_inst //vmv.s.x
                ||  (x_opcode[31:20]== 12'b010111_1_00000) && decd_opivx && decd_vec_inst //vmv.v.x
                ||  (x_opcode[31:20]== 12'b001100_1_00000) && decd_opfvf && decd_vec_inst; //vfmv.s.f
//type info for vfpu internal forward
assign decd_vmla_type[2:0] = {3{decd_vmac_norm && !(x_opcode[31:28]== 4'b1010)}} & 3'b110  //vmla_type[2]==1 is used specially for integer vmac inst 
                            |{3{decd_vmac_wide}} & 3'b110 
                            |{3{decd_redu_vsum}} & 3'b101 
                            |{3{decd_vec_other}} & 3'b100
                            |{3{decd_fmac_half}} & 3'b011
                            |{3{decd_fmac_sing}} & 3'b010
                            |{3{decd_fmac_doub}} & 3'b001;

assign decd_redu_vsum =  (x_opcode[31:27]== 5'b10011)        //vwredusumu vwredusm
                       && decd_opivv && decd_vec_inst
                      ||((x_opcode[31:26]== 6'b000000)      // vredsum
                      || (x_opcode[31:28]== 4'b0001))      // vredminu vredmin vredmaxu vredmax
                       && decd_opmvv && decd_vec_inst;

assign decd_redu_vlgc = ((x_opcode[31:26]== 6'b000001)
                       ||(x_opcode[31:26]== 6'b000010)
                       ||(x_opcode[31:26]== 6'b000011))  //vredand vredor vredxor
                      && decd_opmvv && decd_vec_inst;

assign decd_narr_vsft =  (x_opcode[31:28]== 4'b1011)     //vnsrl vnsra vnclipu vnclip
                      && (decd_opivv || decd_opivx || decd_opivi) && decd_vec_inst;

assign decd_cmp_inst  =  (x_opcode[31:29]==3'b011)       //compare inst
                      && (decd_opivv || decd_opivx || decd_opivi) && decd_vec_inst;

assign decd_permu = (x_opcode[31:26]==6'b001100) //vrgather
                &&  (decd_opivv || decd_opivx || decd_opivi) && decd_vec_inst
                ||  (x_opcode[31:27]==5'b00111) //vslide
                &&  (decd_opivx || decd_opivi || decd_opmvx) && decd_vec_inst
                ||  (x_opcode[31:26]==6'b010111)//vcompress
                &&   decd_opmvv && decd_vec_inst;

assign decd_vec_other =  decd_redu_vlgc || decd_narr_vsft || decd_cmp_inst || decd_permu;

assign decd_vec_fmac  = ((x_opcode[31:28] == 4'b1011) ||(x_opcode[31:28] == 4'b1111))
                     && (decd_opfvv || decd_opfvf) ;
assign decd_sca_fmac  = ({x_opcode[6:4],x_opcode[1:0]} == 5'b100_11);

assign decd_vec_fmac_half = (x_vsew[2:0] == 3'b001) && !(&x_opcode[31:28]);
assign decd_vec_fmac_sing = (x_vsew[2:0] == 3'b010) && !(&x_opcode[31:28]);
assign decd_vec_fmac_doub = (x_vsew[2:0] == 3'b011) && !(&x_opcode[31:28])
                         || (x_vsew[2:0] == 3'b010) && (&x_opcode[31:28]);
assign decd_sca_fmac_half = (x_opcode[26:25] == 2'b10); 
assign decd_sca_fmac_sing = (x_opcode[26:25] == 2'b00); 
assign decd_sca_fmac_doub = (x_opcode[26:25] == 2'b01);

assign decd_fmac_half     = decd_sca_fmac_half && decd_sca_fmac
                         || decd_vec_fmac_half && decd_vec_fmac; 
assign decd_fmac_sing     = decd_sca_fmac_sing && decd_sca_fmac
                         || decd_vec_fmac_sing && decd_vec_fmac; 
assign decd_fmac_doub     = decd_sca_fmac_doub && decd_sca_fmac
                         || decd_vec_fmac_doub && decd_vec_fmac; 

//vfpu back to back issue
assign decd_vmla_short = decd_redu_vsum ||decd_redu_vlgc || decd_narr_vsft 
                      || decd_cmp_inst || decd_permu;
                     //||decd_vmac_norm || decd_vmac_wide;

//pipe7 vmul_unsplit will lch fail pipe6 vmul
assign decd_vmul_unsplit = decd_vmul_norm || decd_vmac_norm;

assign decd_vmul_norm = (x_opcode[31:26]== 6'b100111)        //vsmul
                    &&  (decd_opivv || decd_opivx) && decd_vec_inst
                     || (x_opcode[31:28]== 4'b1001)        //vmulhu vmul vmulhsu vmulh
                    &&  (decd_opmvv || decd_opmvx) && decd_vec_inst;

assign decd_vmac_norm =((x_opcode[31:26]== 6'b101001)      // vmadd
                      ||(x_opcode[31:26]== 6'b101011)      // vnmsub
                      ||(x_opcode[31:26]== 6'b101101)      // vmacc
                      ||(x_opcode[31:26]== 6'b101111))     // vnmsac
                    &&  (decd_opmvv || decd_opmvx) && decd_vec_inst;

assign decd_vmul_wide =((x_opcode[31:26]== 6'b111000)
                      ||(x_opcode[31:27]== 5'b11101)) // vwmulu vwmulsu vwmul
                    &&  (decd_opmvv || decd_opmvx) && decd_vec_inst;

assign decd_vmac_wide = (x_opcode[31:28]== 4'b1111)      //vwsmaccu vwsmacc vwsmaccsu vwsmaccus
                    &&  (decd_opivv || decd_opivx) && decd_vec_inst
                    ||  (x_opcode[31:28]== 4'b1111)      // vwmaccu vwmacc vwmaccsu vwmaccus
                    &&  (decd_opmvv || decd_opmvx) && decd_vec_inst;

assign decd_vmul = decd_vmul_norm || decd_vmul_wide || decd_vmac_norm || decd_vmac_wide;

assign decd_vsetvli = (x_opcode[31]== 1'b0) && (x_opcode[14:12]==3'b111) && (x_opcode[6:0]==7'b1010111);

assign decd_vsetvl  = (x_opcode[31:25]== 7'b100_0000) && (x_opcode[14:12]==3'b111) && (x_opcode[6:0]==7'b1010111);

assign decd_viq_srcv12_switch = ((x_opcode[31:26]== 6'b101001)||(x_opcode[31:26]== 6'b101011)) //vmadd vmnsub
                                &&  (decd_opmvv || decd_opmvx) && decd_vec_inst                //vfmadd
                             || ((x_opcode[31:28]== 4'b1010) && (decd_opfvv || decd_opfvf)) && decd_vec_inst 
                             || (x_opcode[31:26] == 6'b100010) && decd_opfvv && decd_vec_inst;

assign decd_unit_stride = (x_opcode[27:26]== 2'b0) && (x_opcode[31:29]== 3'b000);

assign decd_vamo = (x_opcode[6:0]== 7'b0101111) || |x_opcode[31:29];  //zvlsseg also use this signal for vmb

// &ModuleEnd; @511
endmodule